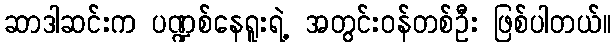
ဆာဒါဆင်းက ပဏ္ဍစ်နေရူးရဲ့ အတွင်းဝန်တစ်ဦး ဖြစ်ပါတယ်။